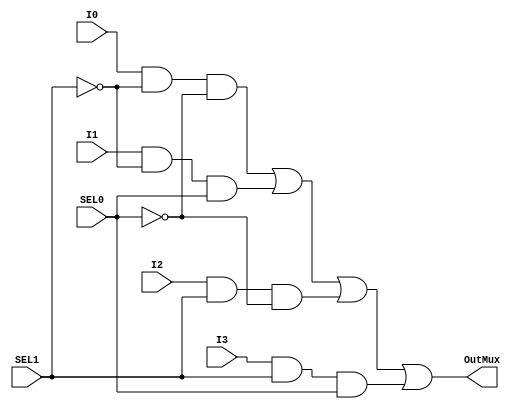
module Mux41(OutMux, I0, I1, I2, I3, SEL1, SEL0); // SEL1 is high, SEL0 is low
	input I0, I1, I2, I3, SEL1, SEL0;
	output OutMux;
	wire m1, m2, m3, m4;
	
	and(m1, I0, ~SEL1,~SEL0),
		(m2, I1, ~SEL1, SEL0),
		(m3, I2, SEL1, ~SEL0),
		(m4, I3, SEL1, SEL0);
	or(OutMux, m1, m2, m3, m4);
endmodule